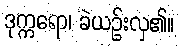
ဒုက္ကရော၊ ခဲယဉ်းလှ၏။